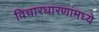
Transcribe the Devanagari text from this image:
विचारधारणांमध्ये